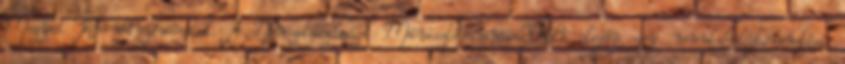
Megyei Kormányhivatal. A Nemzetgazdasági Minisztérium 2018 elején egy munkahelyteremtési